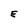
Character: E